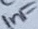
Text: 1nF